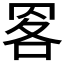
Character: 𦊹